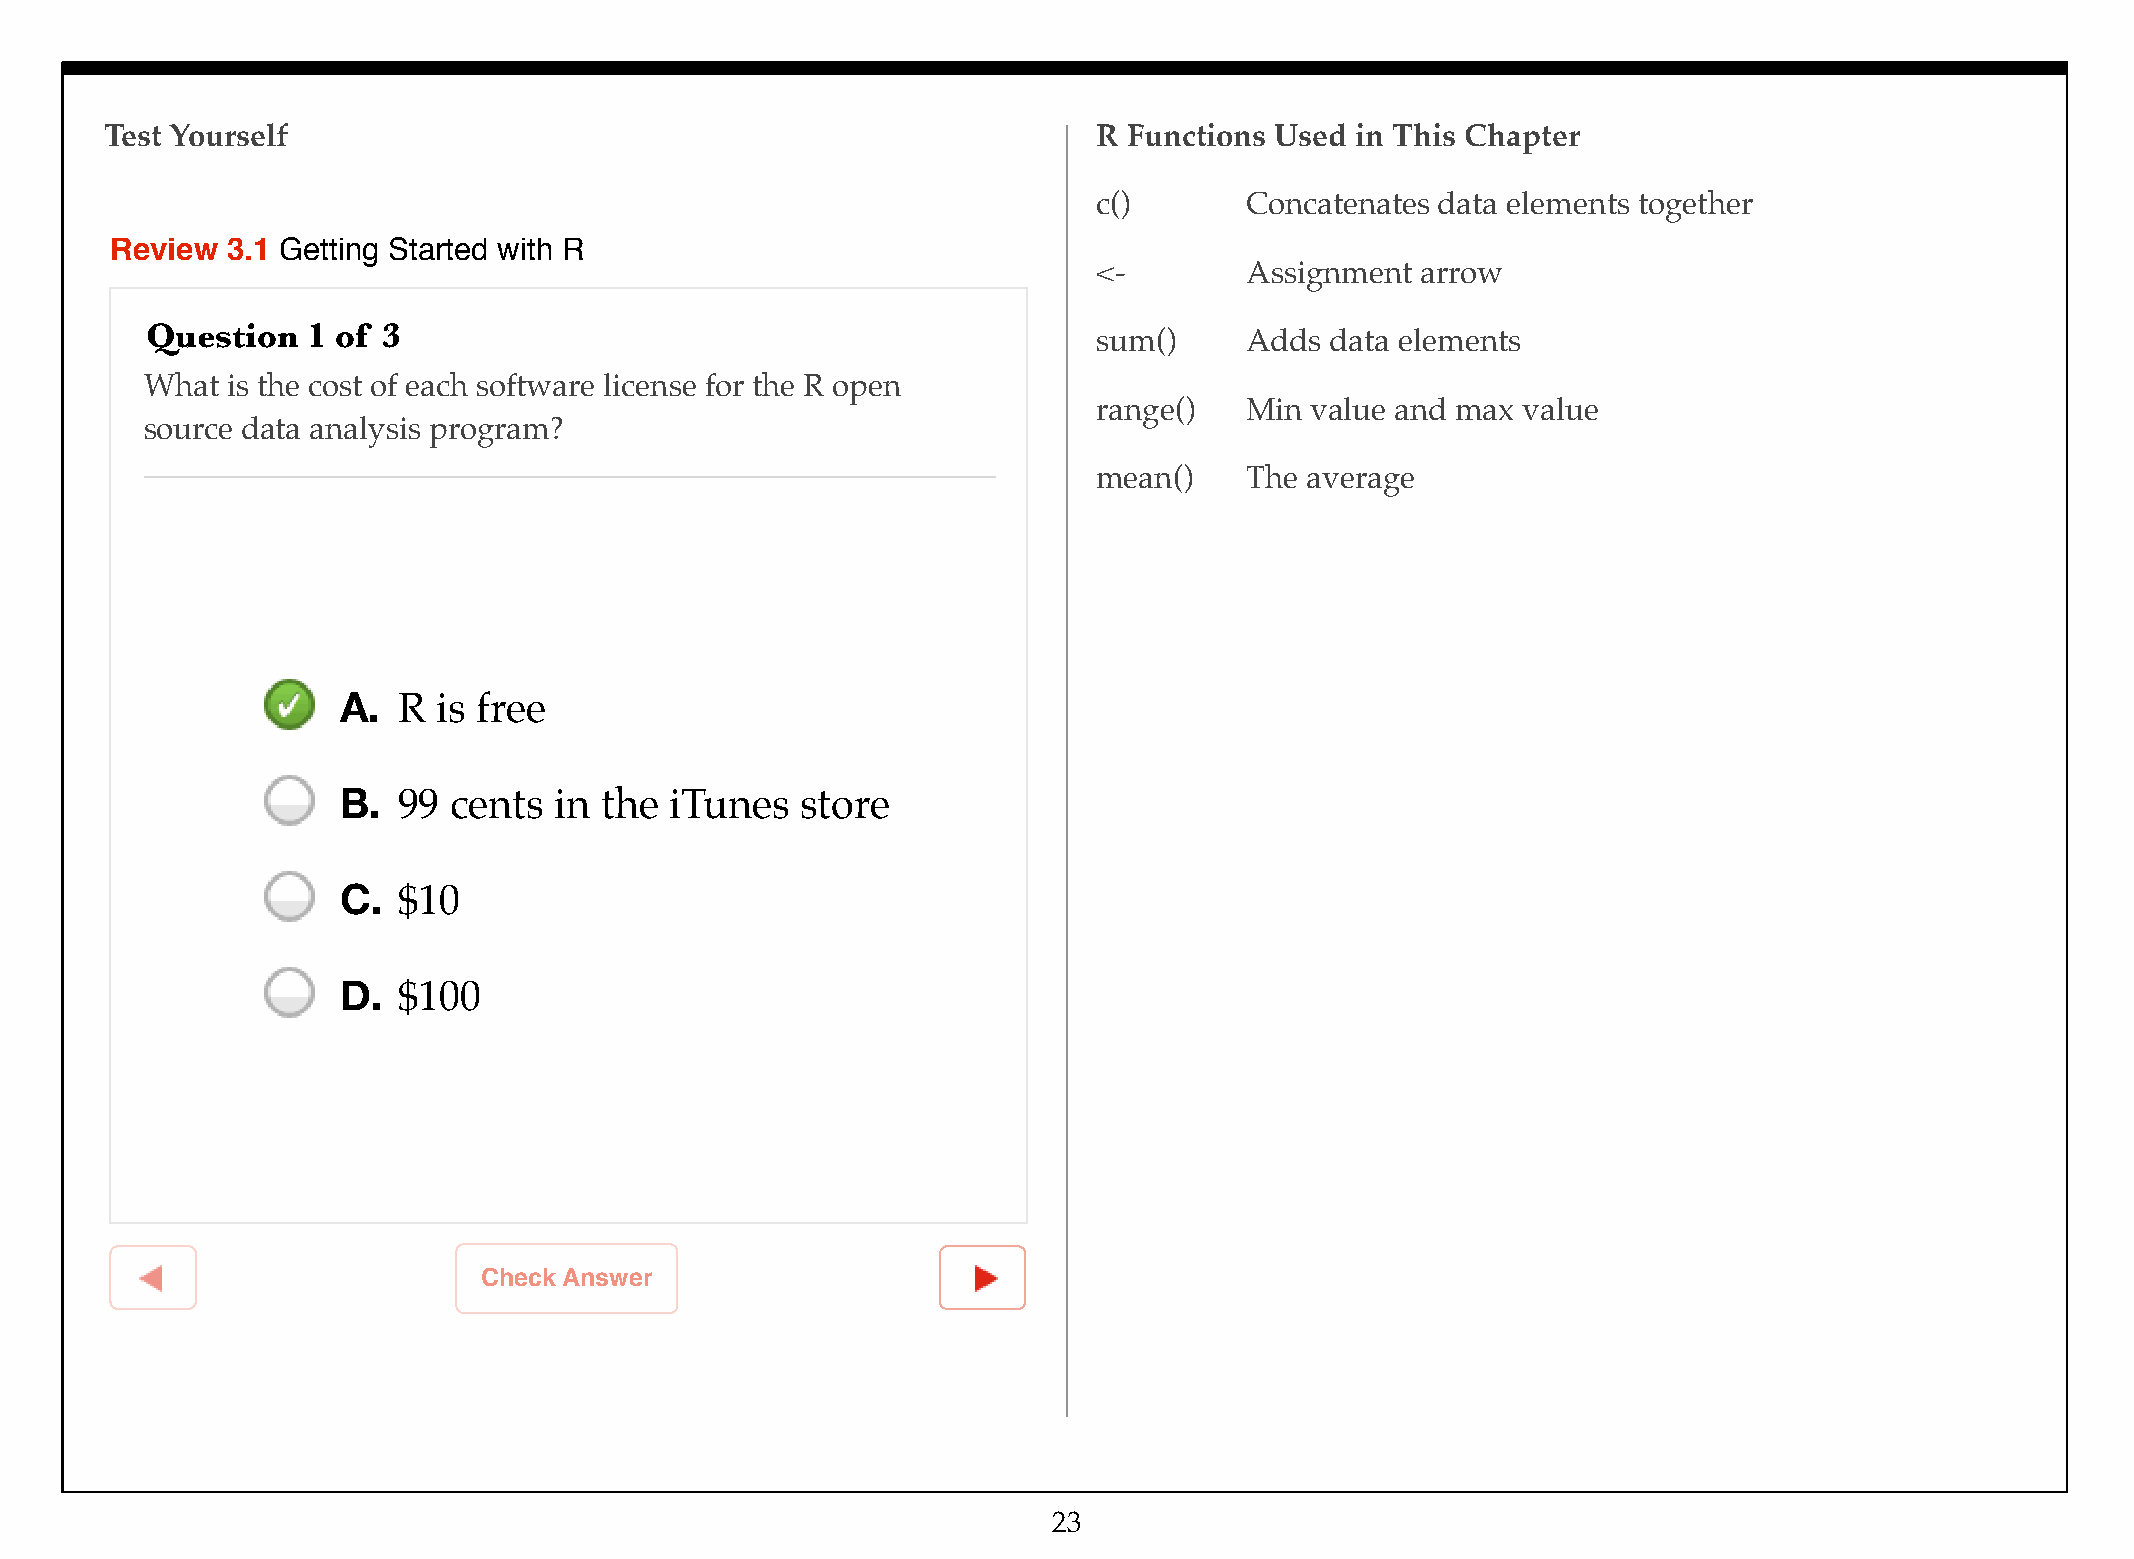
Test Yourself                                                     R Functions Used in This Chapter
 c()! !   Concatenates data elements together
 Review  3.1 Getting Started with R
 <- ! !   Assignment  arrow
 Question  1 of 3
 sum()!   Adds  data elements
 What is the cost of each software license for the R open
 range()! Min  value and max value
 source data analysis program?
 mean()!  The average
 A.  R  is free
 B.  99  cents  in the iTunes   store
 C.  $10
 D.  $100
 Check Answer
 23